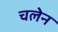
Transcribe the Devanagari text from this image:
चलेन